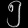
Digit: ၅